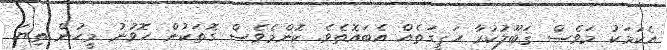
އެކަމަކު މަވެސް ޤަބޫލުކުރާ ހަޤީގަތެއް އެބައޮތެވެ. ކޮންމެވެސް ގޮތަކުން ހޮވުނު މީހުން ތިޔަ